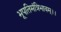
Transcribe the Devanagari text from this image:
भूपतिमंत्रिभावम्।।